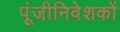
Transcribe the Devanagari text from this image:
पूंजीनिवेशकों